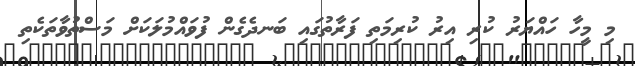
މި މީހާ ހައްޔަރު ކުރި އިރު ކުރިމަތި ފަރާތުގައި ބަނދެގެން ފުވައްމުލަކަށް މަސްތުވާތަކެތި